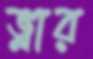
ভ্লার